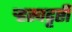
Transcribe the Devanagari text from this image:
ऱ्हस्वदृष्टी